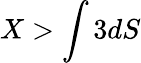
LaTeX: X>\int 3dS